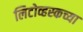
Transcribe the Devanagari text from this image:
लिटोव्हस्कच्या